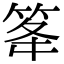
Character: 䇨